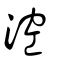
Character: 涳